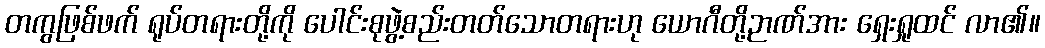
တကွဖြစ်ဖက် ရုပ်တရားတို့ကို ပေါင်းစုဖွဲ့စည်းတတ်သောတရားဟု ယောဂီတို့ဉာဏ်အား ရှေးရှုထင် လာ၏။